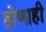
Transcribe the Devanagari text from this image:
होणाही